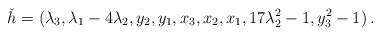
\begin{align*}\check h=(\lambda_{3}, \lambda_{1} - 4\lambda_{2}, y_{2}, y_{1}, x_{3}, x_{2}, x_{1}, 17\lambda_{2}^2 - 1, y_{3}^2 - 1)\,.\end{align*}